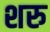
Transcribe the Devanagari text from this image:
शरु